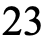
23